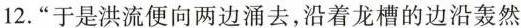
12.”于是洪流便向两边涌去，沿着龙槽的边沿轰然